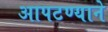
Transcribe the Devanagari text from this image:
आपटण्याने